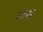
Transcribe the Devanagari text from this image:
४१२।